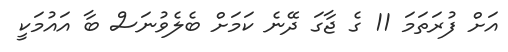
އަށް ފުރަތަމަ 11 ގެ ޖާގަ ދޭނެ ކަމަށް ބެލެވުނަސް ބާ އައުމަކީ